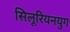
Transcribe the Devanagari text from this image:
सिलूरियनयुग